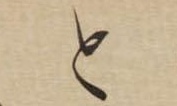
と